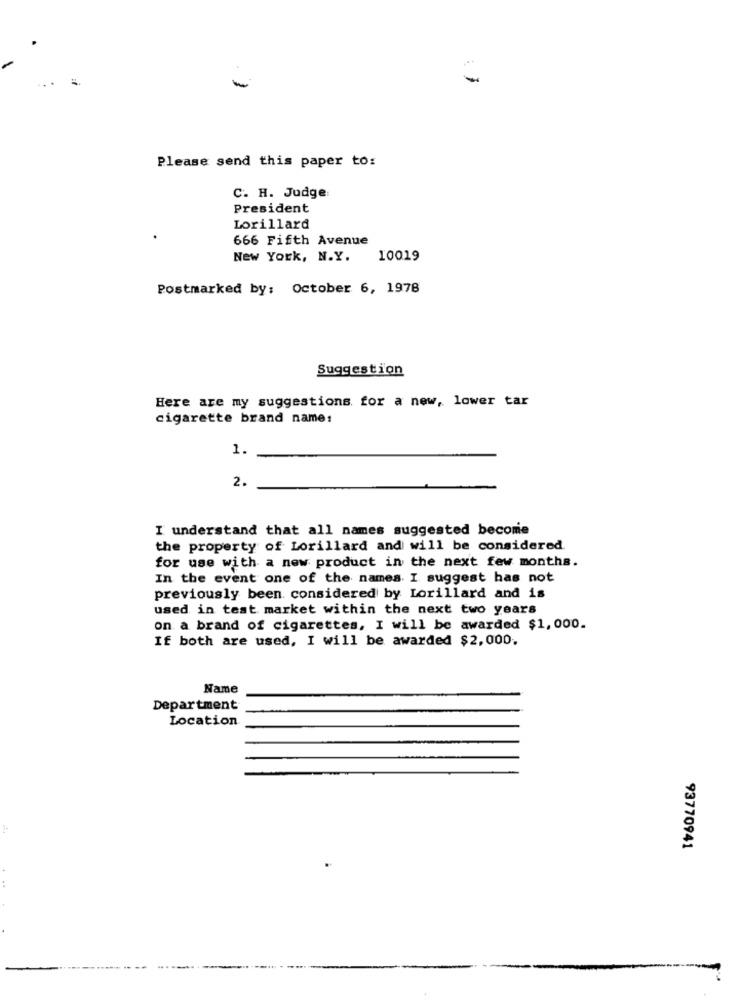
Please send this paper to:
C. H. Judge:
President
Lorillard
666 Fifth Avenue
New York, N.Y.
10019
Postmarked by: October 6, 1978
Suggestion
Here are my suggestions for a new, lower tar
cigarette brand name:
1.
2.
I understand that all names suggested become
the property of Lorillard and will be considered
for use with a new product in the next few months.
In the event one of the names. I suggest has not
previously been considered by Lorillard and is
used in test market within the next two years
on a brand of cigarettes, I will be awarded $1,000.
If both are used, I will be awarded $2,000.
Name
Department
Location
93770941